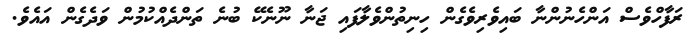
ރަފާހްވެސް އަންހެނުންނާ ބައިވެރިވެގެން ހިނިތުންވެލާފައި ޖަނާ ނޫނެކޭ ބުނެ ތަންދެއްކުމުން ވަދެގެން އައެވެ.